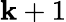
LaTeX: \mathbf{k}+1